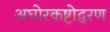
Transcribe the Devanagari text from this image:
अघोरकष्टोद्धरण